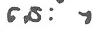
នេះ  ។